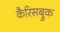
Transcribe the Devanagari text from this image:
कैरिसब्रुक